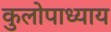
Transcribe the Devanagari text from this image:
कुलोपाध्याय